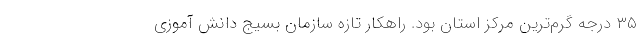
۳۵ درجه گرم‌ترین مرکز استان بود. راهکار تازه سازمان بسیج دانش آموزی